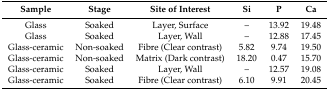
| Sample | Stage | Site of Interest | Si | P | Ca |
 | --- | --- | --- | --- | --- | --- |
 | Glass | Soaked | Layer, Surface | – | 13.92 | 19.48 |
 | Glass | Soaked | Layer, Wall | – | 12.88 | 17.45 |
 | Glass-ceramic | Non-soaked | Fibre (Clear contrast) | 5.82 | 9.74 | 19.50 |
 | Glass-ceramic | Non-soaked | Matrix (Dark contrast) | 18.20 | 0.47 | 15.70 |
 | Glass-ceramic | Soaked | Layer, Wall | – | 12.57 | 19.08 |
 | Glass-ceramic | Soaked | Fibre (Clear contrast) | 6.10 | 9.91 | 20.45 |